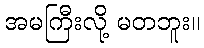
အမကြီးလို့ မတဘူး။